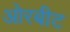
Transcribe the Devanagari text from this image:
ओरबीट